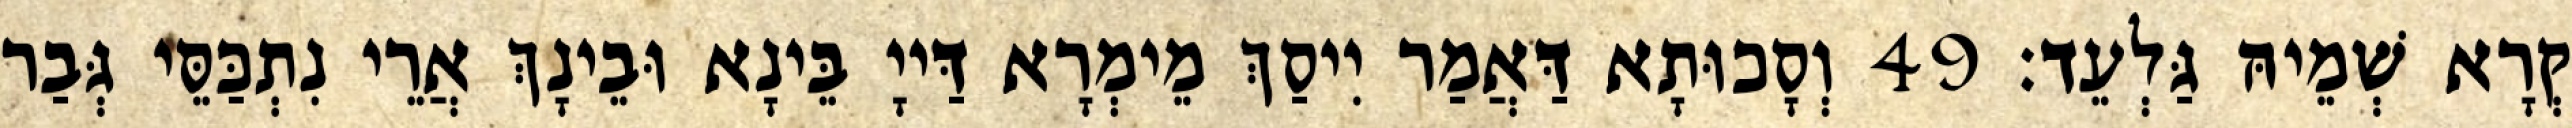
קְרָא שְׁמֵיהּ גַּלְעֵד׃ 49 וְסָכוּתָא דַּאֲמַר יִיסַךְ מֵימְרָא דַּייָ בֵּינָא וּבֵינָךְ אֲרֵי נִתְכַּסֵּי גְּבַר